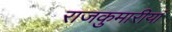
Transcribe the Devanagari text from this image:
राजकुमारीयां